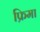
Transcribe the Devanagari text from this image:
फ्रिमा